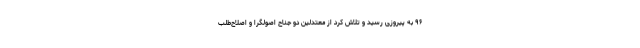
۹۶ به پیروزی رسید و تلاش کرد از معتدلین دو جناح اصولگرا و اصلاح‌طلب